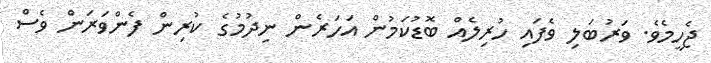
ޖެހީމެވެ. ވަރުބަލި ވެފައި ހުރިލެއް ބޮޑުކަމުން އަހަރެން ނިދުމުގެ ކުރިން ފެންވަރަން ވެސް